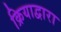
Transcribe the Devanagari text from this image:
क्रियाद्वारा